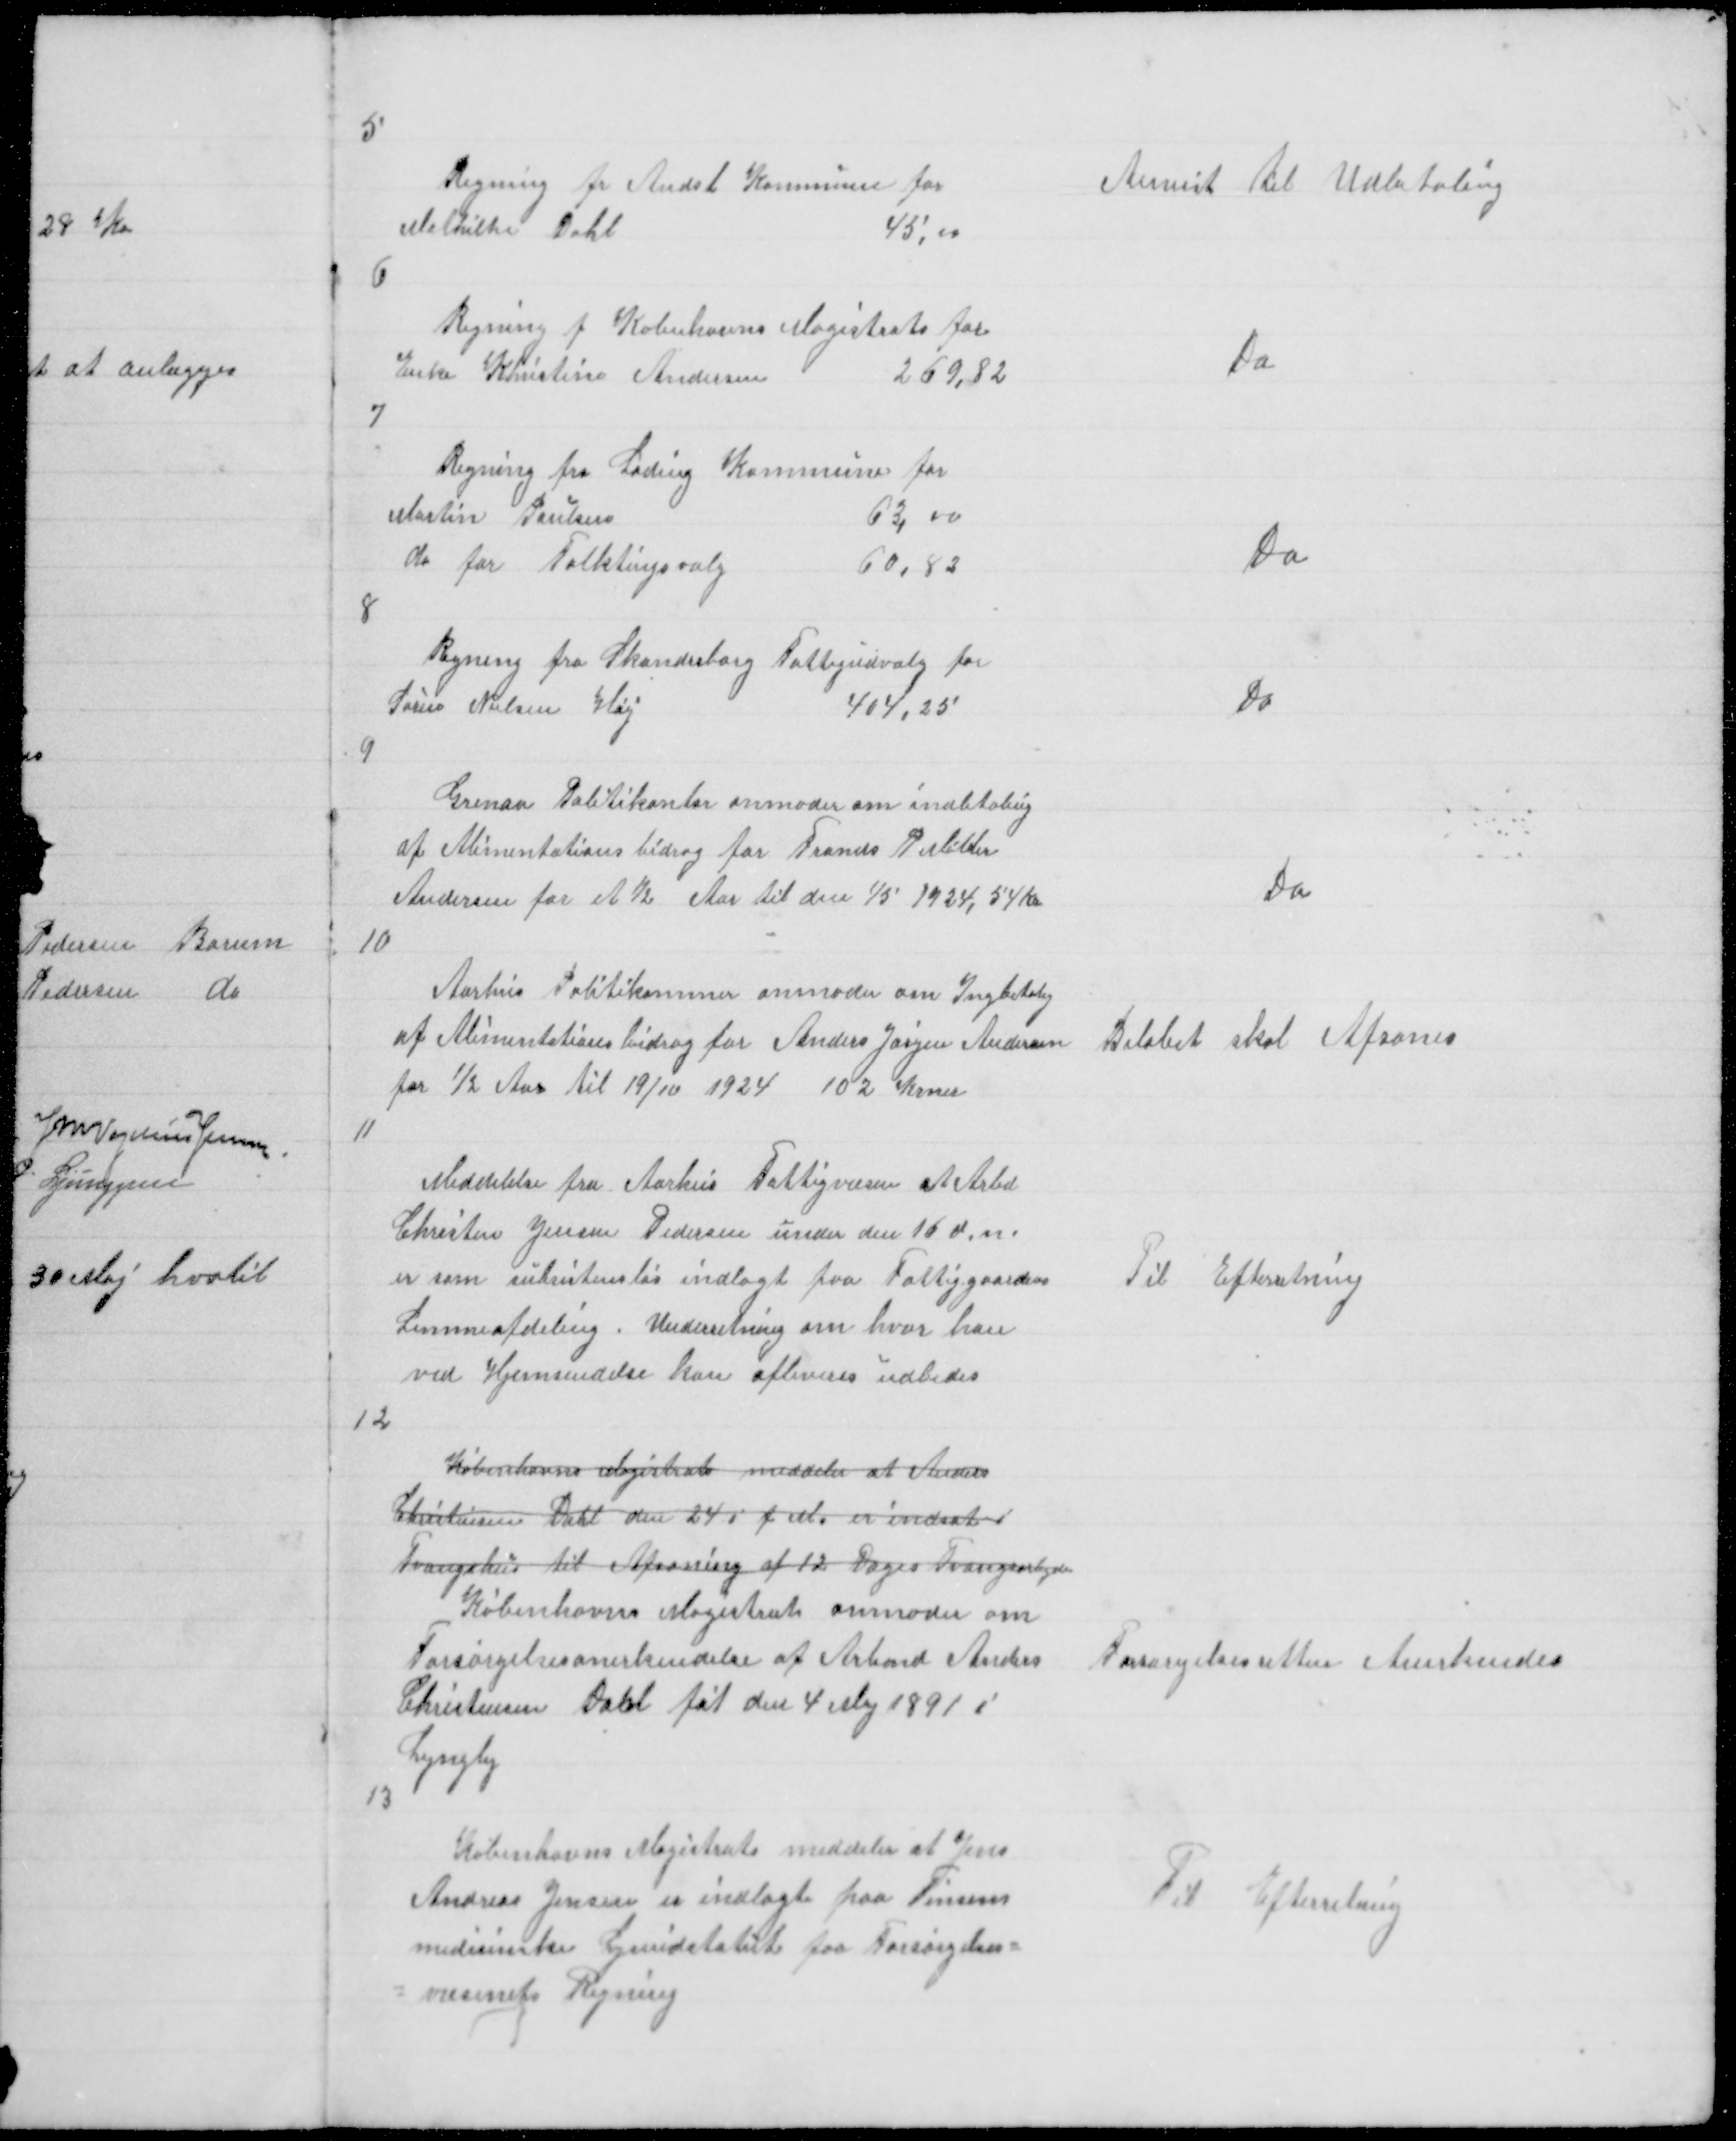
Transskription:
5

Regning fr Andst Kommune for
Mathilte Dahl
45,00

Anvist til Udbetaling

6

Regning f Købnhavns Magistrats for
Enke Kristine Andersen
269,82

Do

7
Regning fra Lading Kommune for
Martin Poulsen
63,00
do for Folktingsvalg
60,82

Do

8

Regning fra Skanderborg Fattigudvalg for
Søren Nielsen Høj
404,25

Do

9

Grenaa Politikontor anmoder om indbtaling
af Alimentationsbidrag for Frands R Møller
Andersen for et ½ Aar til den 1/5 1924, 54 Kr

Do

10

Aarhus Politikammer anmoder om Ingbetalig
af Alimentationsbidrag for Anders Jørgen Andersen
for ½ Aar til 19/10 1924 102 Krner

Beløbet skal Afsones

11

Meddelelse fra Aarhus Fattigvæsen at Arbd
Christen Jensen Pedersen under den 16 d.n.
er som subsistensløs indlagt paa Fattiggaardens
Lemmeafdeling. Underretning om hvor han
ved Hjemsendelse kan afleveres udbedes

Til Efterretning

12

Københavns Magistrat meddeler at Anders
Christensen Dahl den 24 i f.M. er indsat i
Tvangshus til Afsoning af 12 Dages Tvangsarbejde
Købernhavns Magistrat anmoder om
Forsørgelsesanerkendelse af Arbmd Anders
Christensen Dahl føt den 4 Maj 1891 i
Lyngby

Forsørgelsesretten Anerkendes

13

Københavns Magistrats meddeler at Jens
Andreas Jensen er indlagt paa Finsens
medisinske Lysindstatut paa Forsørgelses=
= væsenets Regning

Til Efterretning